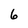
Character: 6